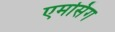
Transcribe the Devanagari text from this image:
एमसिंग